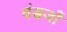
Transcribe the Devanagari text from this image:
वंसजों